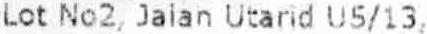
LOT NO2, JALAN UTARID U5/13,